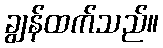
ချွန်ထက်သည်။